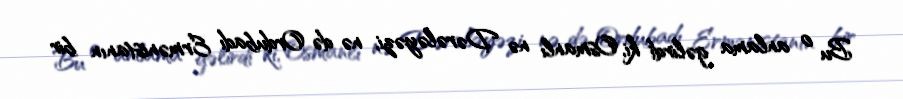
Bu o anlama gəlirdi ki, Osmanlı nə Dərələyəzi, nə də Ordubadı Ermənistanın bir